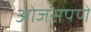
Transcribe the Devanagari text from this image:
ओजसपणे